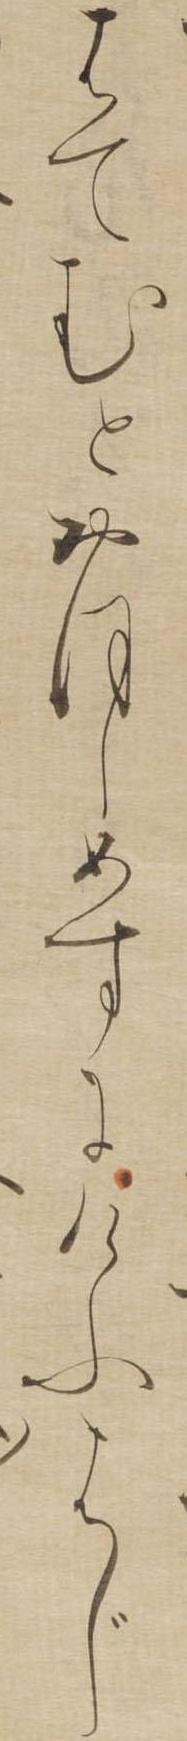
はてむとおほしめすにけふはじ